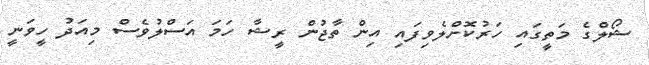
ޝޯލްގެ މަތީގައި ހަރުކޮށްލެވިފައި އިން ތާޖުން ރީޝާ ހަމަ އަސްލުވެސް މިއަދު ހީވަނީ